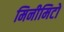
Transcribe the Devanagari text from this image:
मिनीमिटो